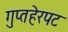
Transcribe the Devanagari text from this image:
गुप्तहेरपट